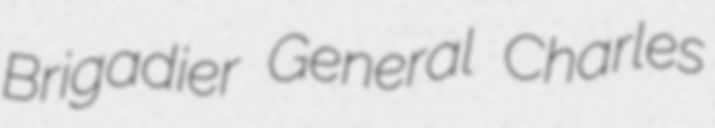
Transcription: Brigadier General Charles